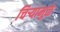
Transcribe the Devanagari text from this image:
चिऱ्यामुळे